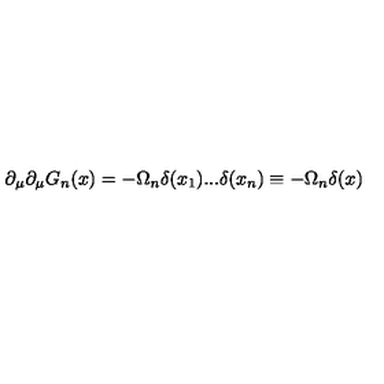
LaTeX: \partial _ { \mu } \partial _ { \mu } G _ { n } ( x ) = - \Omega _ { n } \delta ( x _ { 1 } ) . . . \delta ( x _ { n } ) \equiv - \Omega _ { n } \delta ( x )